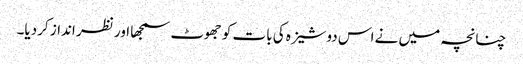
چنانچہ میں نے اس دوشیزہ کی بات کو جھوٹ سمجھا اور نظر انداز کردیا۔